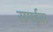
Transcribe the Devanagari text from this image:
समईस